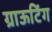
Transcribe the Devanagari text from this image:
ग्राऊटिंग